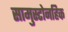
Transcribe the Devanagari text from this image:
सामुस्टोनहिक